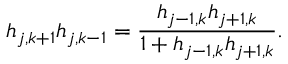
h _ { j , k + 1 } h _ { j , k - 1 } = \frac { h _ { j - 1 , k } h _ { j + 1 , k } } { 1 + h _ { j - 1 , k } h _ { j + 1 , k } } .